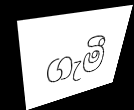
ගැමී